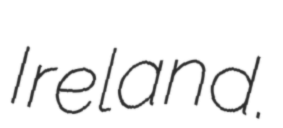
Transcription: Ireland.